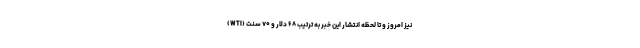
(WTI) نیز امروز و تا لحظه انتشار این خبر به ترتیب ۶۸ دلار و ۷۰ سنت